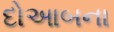
દોઆબના